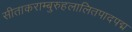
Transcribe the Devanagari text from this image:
सीताकराम्बुरुहलालितपादपद्म